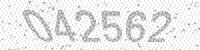
Solution: 042562